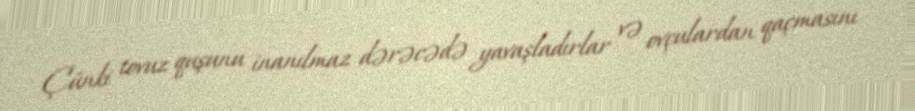
Çünki tovuz quşunu inanılmaz dərəcədə yavaşladırlar və ovçulardan qaçmasını